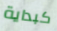
كبداية